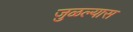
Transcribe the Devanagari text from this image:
जुळल्यास